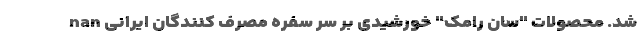
شد. محصولات "سان رامک" خورشیدی بر سر سفره مصرف کنندگان ایرانی nan